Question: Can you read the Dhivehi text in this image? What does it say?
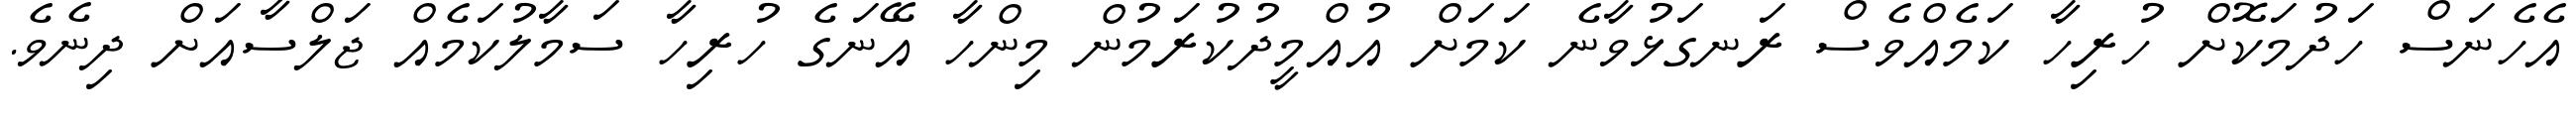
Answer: އެހެނަސް ހަދުމަކޮށް ހުރިހާ ކަމެއްވެސް ރަނގަޅުވާނެ ކަމަށް އުއްމީދުކުރަމުން މިންހާ އޭނަގެ ހުރިހާ ސަމާލުކަމެއް ޖަލްސާއަށް ދިނެވެ.